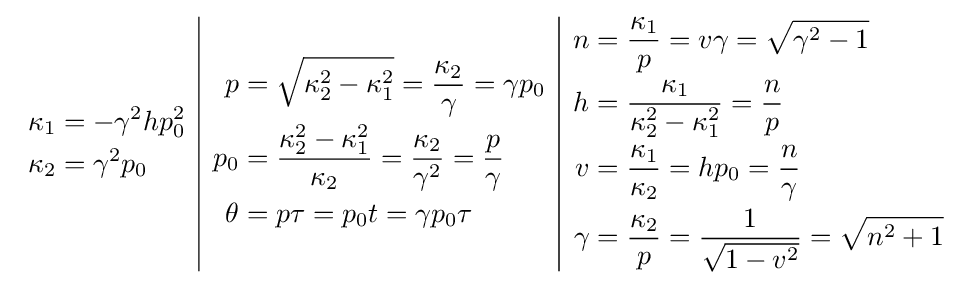
{\begin{array}{c|c|c}{\begin{aligned}\kappa _{1}&=-\gamma ^{2}hp_{0}^{2}\\\kappa _{2}&=\gamma ^{2}p_{0}\end{aligned}}&{\begin{aligned}p&={\sqrt {\kappa _{2}^{2}-\kappa _{1}^{2}}}={\frac {\kappa _{2}}{\gamma }}=\gamma p_{0}\\p_{0}&={\frac {\kappa _{2}^{2}-\kappa _{1}^{2}}{\kappa _{2}}}={\frac {\kappa _{2}}{\gamma ^{2}}}={\frac {p}{\gamma }}\\\theta &=p\tau =p_{0}t=\gamma p_{0}\tau \end{aligned}}&{\begin{aligned}n&={\frac {\kappa _{1}}{p}}=v\gamma ={\sqrt {\gamma ^{2}-1}}\\h&={\frac {\kappa _{1}}{\kappa _{2}^{2}-\kappa _{1}^{2}}}={\frac {n}{p}}\\v&={\frac {\kappa _{1}}{\kappa _{2}}}=hp_{0}={\frac {n}{\gamma }}\\\gamma &={\frac {\kappa _{2}}{p}}={\frac {1}{\sqrt {1-v^{2}}}}={\sqrt {n^{2}+1}}\end{aligned}}\end{array}}